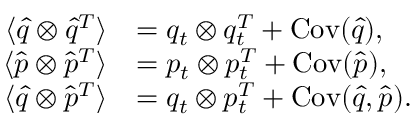
\begin{array} { r l } { \langle \hat { q } \otimes \hat { q } ^ { T } \rangle } & { = q _ { t } \otimes q _ { t } ^ { T } + \operatorname { C o v } ( \hat { q } ) , } \\ { \langle \hat { p } \otimes \hat { p } ^ { T } \rangle } & { = p _ { t } \otimes p _ { t } ^ { T } + \operatorname { C o v } ( \hat { p } ) , } \\ { \langle \hat { q } \otimes \hat { p } ^ { T } \rangle } & { = q _ { t } \otimes p _ { t } ^ { T } + \operatorname { C o v } ( \hat { q } , \hat { p } ) . } \end{array}